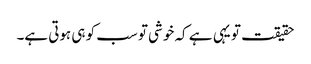
حقیقت تو یہی ہے کہ خوشی تو سب کو ہی ہوتی ہے۔